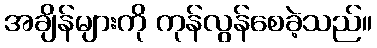
အချိန်များကို ကုန်လွန်စေခဲ့သည်။